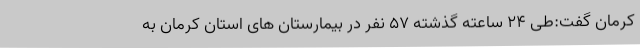
کرمان گفت:طی 24 ساعته گذشته 57 نفر در بیمارستان های استان کرمان به